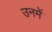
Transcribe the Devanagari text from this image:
उनमेें